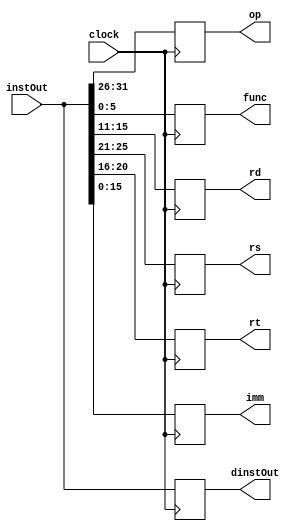
`timescale 1ns / 1ps
module IFID_Pipeline_Register(
    input clock, 
    input [31:0] instOut,
    output reg [31:0] dinstOut,
    output reg [5:0] op,
    output reg [5:0] func,
    output reg [4:0] rd, rs, rt,
    output reg [15:0] imm
    );
    always@(posedge clock) begin
        dinstOut <= instOut;
        op = instOut[31:26];
        func = instOut[5:0];
        rs = instOut[25:21];
        rt = instOut[20:16];
        rd = instOut[15:11];
        imm = instOut[15:0];
    end
endmodule